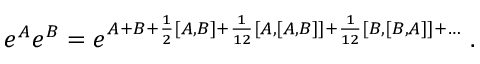
e ^ { A } e ^ { B } = e ^ { A + B + { \frac { 1 } { 2 } } [ A , B ] + { \frac { 1 } { 1 2 } } [ A , [ A , B ] ] + { \frac { 1 } { 1 2 } } [ B , [ B , A ] ] + \ldots } \ .